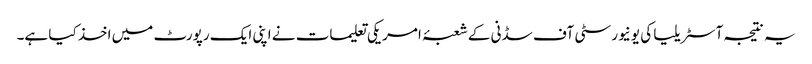
یہ نتیجہ آسٹریلیا کی یونیورسٹی آف سڈنی کے شعبۂ امریکی تعلیمات نے اپنی ایک رپورٹ میں اخذ کیا ہے۔